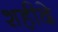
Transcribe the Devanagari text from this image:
शहीदे